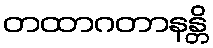
တထာဂတာနန္တိ